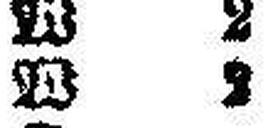
W 2